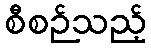
စီစဉ်သည့်